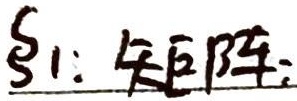
\(\S1\)：矩阵：